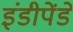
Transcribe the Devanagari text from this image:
इंडीपेंडें